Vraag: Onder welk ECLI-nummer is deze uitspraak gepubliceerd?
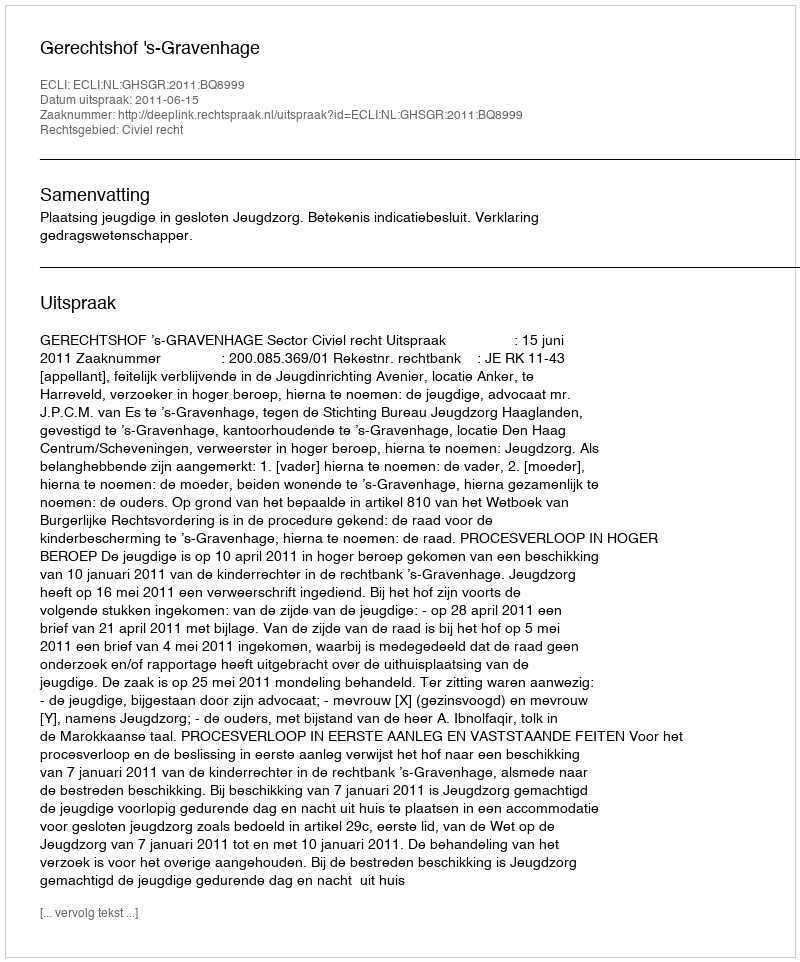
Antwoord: ECLI:NL:GHSGR:2011:BQ8999